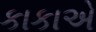
કાકાએ